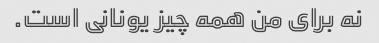
نه برای من همه چیز یونانی است.